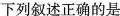
下列叙述正确的是